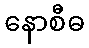
နောစီဓ